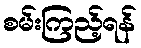
စမ်းကြည့်ရန်